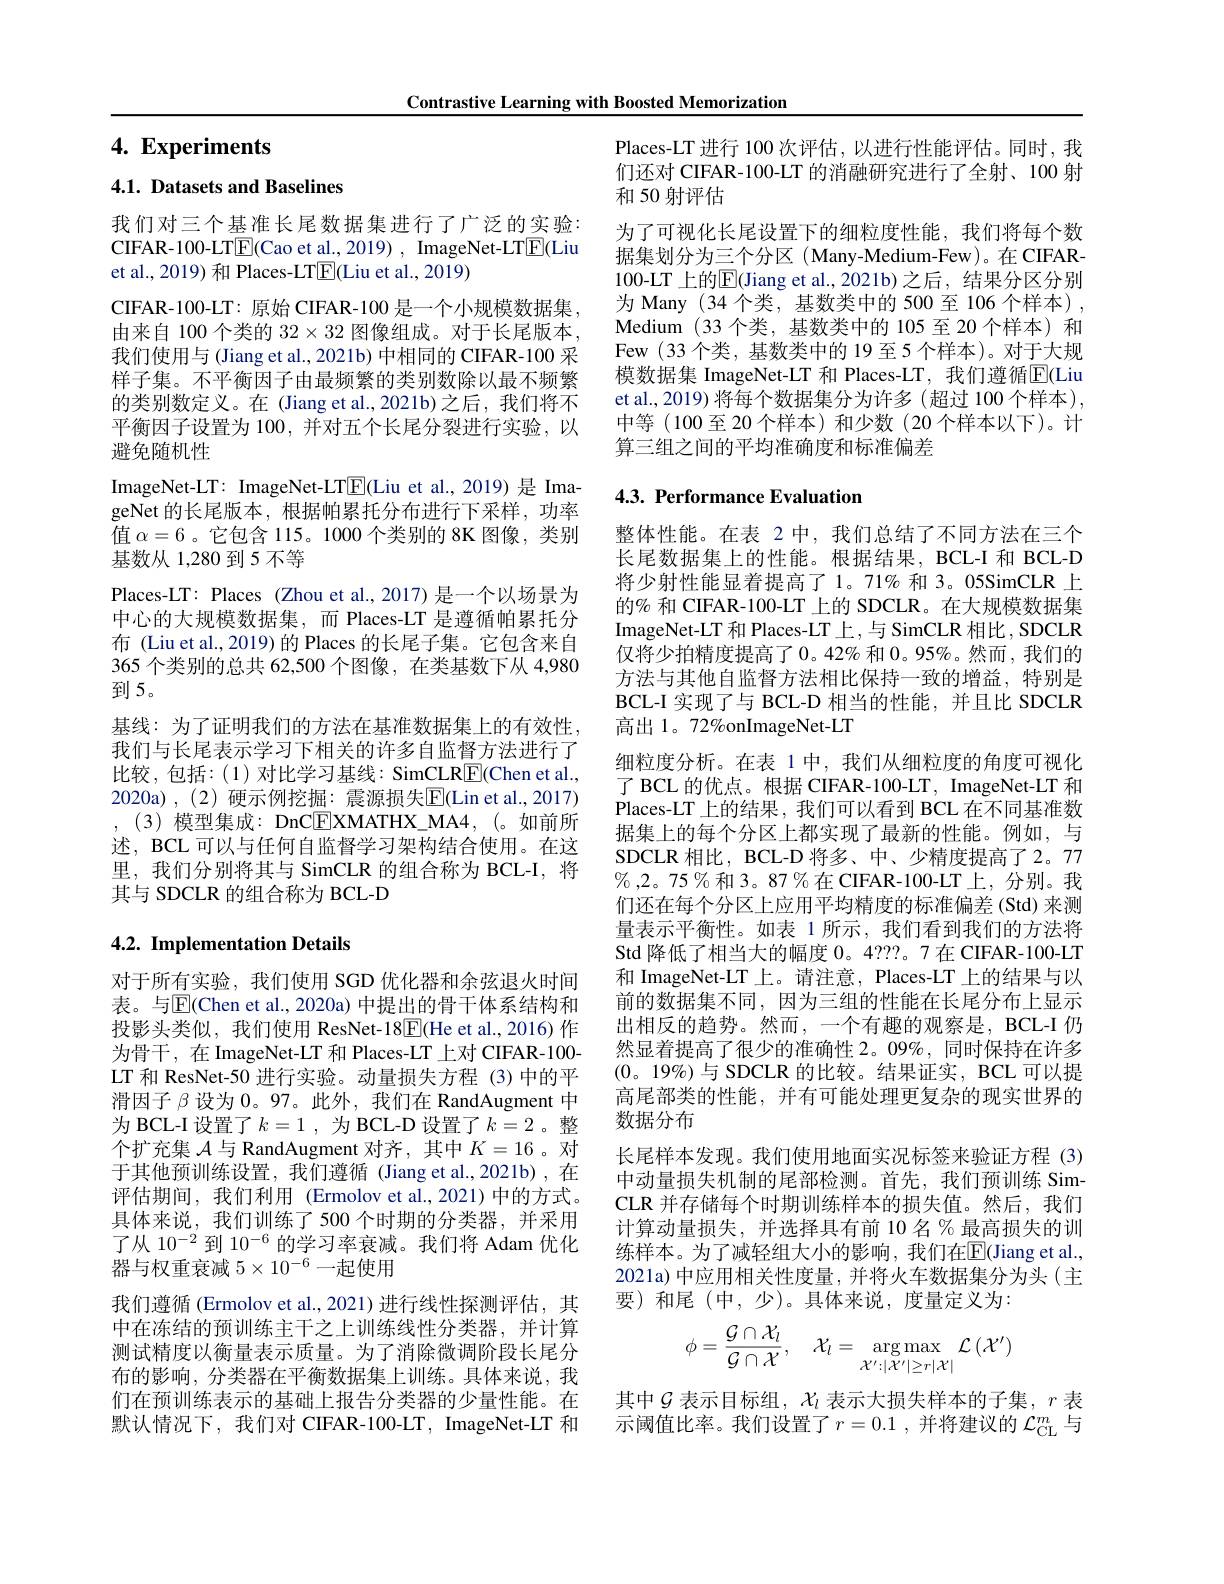
Contrastive Learning with Boosted Memorization

# 4. Experiments

# 4.1. Datasets and Baselines

我们对三个基准长尾数据集进行了广泛的实验： CIFAR-100-LTE(Cao et al., 2019) , ImageNet-LTE(Liu et al., 2019) 和 Places-LT$\boxed{\mathrm{F}}($Liu et al., 2019)
CIFAR- 100- LT: 原 始 CIFAR- 100 是 一 个 小 规 模 数 据 集 , 由来自 100 个类的$32\times32$图像组成。对于长尾版本， 我们使用与 (Jiang et al., 2021b) 中相同的 CIFAR-100 采样子集。不平衡因子由最频繁的类别数除以最不频繁的类别数定义。在 (Jiang et al.,2021b)之后，我们将不平衡因子设置为 100, 并对五个长尾分裂进行实验，以避免随机性
ImageNet-LT: ImageNet-LT$\overline{\mathrm{F}}($Liu et al.,2019)是 ImageNet 的长尾版本，根据帕累托分布进行下采样，功率值$\alpha=6$ 。它包含 115。1000 个类别的 8K 图像，类别基数从 1,280 到 5 不等
Places-LT: Places (Zhou et al., 2017) 是一个以场景为中心的大规模数据集，而 Places-LT 是遵循帕累托分布 (Liu et al., 2019) 的 Places 的长尾子集。它包含来自365 个类别的总共 62,500 个图像 ,在类基数下从 4,980到5。
基线：为了证明我们的方法在基准数据集上的有效性， 我们与长尾表示学习下相关的许多自监督方法进行了比较，包括：(1)对比学习基线：SimCLR$\underline{\mathrm{E}}$(Chen et al., 2020a),(2)硬示例挖掘：震源损失E(Lin et al.,2017) ,(3)模型集成：DnC$\boxed{\mathrm{E}}$XMATHX\_MA4,(。如前所述，BCL 可以与任何自监督学习架构结合使用。在这里，我们分别将其与 SimCLR 的组合称为 BCL-I, 将其与 SDCLR 的组合称为 BCL-D

# 4.2. Implementation Details

对于所有实验，我们使用 SGD 优化器和余弦退火时间表。与$\overline{\mathrm{E}}$(Chen et al., 2020a) 中提出的骨干体系结构和投影头类似，我们使用 ResNet-18$\boxed{\mathrm{F}}($He et al.,2016)作为骨干，在 ImageNet-LT 和 Places-LT 上对 CIFAR-100- LT 和 ResNet-50 进行实验。动量损失方程 (3)中的平滑因子$\beta$设为0。97。此外，我们在 RandAugment 中为 BCL-I 设置了$k=1$, 为 BCL-D 设置了 $k=2$ 。整个扩充集$\mathcal{A}$与 RandAugment 对齐，其中$K=16$ 。对于其他预训练设置，我们遵循(Jiang et al.,2021b),在评估期间，我们利用(Ermolov et al.,2021)中的方式。具体来说，我们训练了500 个时期的分类器，并采用了从 10$^{-2}$到 10$^{-6}$的学习率衰减。我们将 Adam 优化器与权重衰减$5\times10^-6$一起使用
我们遵循 (Ermolov et al., 2021) 进行线性探测评估，其中在冻结的预训练主干之上训练线性分类器，并计算测试精度以衡量表示质量。为了消除微调阶段长尾分布的影响，分类器在平衡数据集上训练。具体来说，我们在预训练表示的基础上报告分类器的少量性能。在默认情况下，我们对 CIFAR-100-LT, ImageNet-LT 和

Places-LT 进行 100 次评估，以进行性能评估。同时，我们还对 CIFAR-100-LT 的消融研究进行了全射、100 射和 50 射评估
为了可视化长尾设置下的细粒度性能，我们将每个数据集划分为三个分区(Many-Medium-Few)。在CIFAR- 100-LT 上的$\overline{\mathrm{E}}($Jiang et al.,2021b)之后，结果分区分别为 Many (34 个类，基数类中的 500 至 106 个样本) , Medium (33 个类，基数类中的 105 至 20 个样本) 和Few (33 个类，基数类中的 19 至 5 个样本)。对于大规模数据集 ImageNet-LT 和 Places-LT, 我们遵循$\mathbb{E}$(Liu et al.,2019) 将每个数据集分为许多 (超过 100 个样本), 中等(100至20个样本)和少数(20个样本以下)。计算三组之间的平均准确度和标准偏差

## 4.3. Performance Evaluation

整体性能。在表 2 中，我们总结了不同方法在三个长尾数据集上的性能。根据结果，BCL-I 和 BCL-D 将少射性能显着提高了1。71% 和 3。05SimCLR 上的% 和 CIFAR-100-LT 上的 SDCLR。在大规模数据集ImageNet-LT 和 Places-LT 上 ,与 SimCLR 相比，SDCLR 仅将少拍精度提高了0。42% 和 0。95%。然而，我们的方法与其他自监督方法相比保持一致的增益，特别是BCL-I 实现了与 BCL-D 相当的性能，并且比 SDCLR 高出 1。72%onImageNet-LT
细粒度分析。在表 1 中，我们从细粒度的角度可视化了 BCL 的优点。根据 CIFAR-100-LT, ImageNet-LT 和Places-LT 上的结果 , 我们可以看到 BCL 在不同基准数据集上的每个分区上都实现了最新的性能。例如，与SDCLR 相比，BCL-D 将多、中、少精度提高了2。77 $\%,2。75\%$和 3。87%在 CIFAR-100-LT 上，分别。我们还在每个分区上应用平均精度的标准偏差(Std) 来测量表示平衡性。如表 1 所示，我们看到我们的方法将Std 降低了相当大的幅度0。4???。7在 CIFAR-100-LT 和 ImageNet-LT 上。请注意，Places-LT 上的结果与以前的数据集不同，因为三组的性能在长尾分布上显示出相反的趋势。然而，一个有趣的观察是，BCL-I 仍然显着提高了很少的准确性 2。09%,同时保持在许多(0。19%)与 SDCLR 的比较。结果证实，BCL 可以提高尾部类的性能，并有可能处理更复杂的现实世界的数据分布
长尾样本发现。我们使用地面实况标签来验证方程 (3) 中动量损失机制的尾部检测。首先，我们预训练 SimCLR 并存储每个时期训练样本的损失值。然后，我们计算动量损失，并选择具有前 10 名 % 最高损失的训练样本。为了减轻组大小的影响，我们在$\mathbb{E}($Jiang et al., 2021a)中应用相关性度量，并将火车数据集分为头(主要)和尾(中，少)。具体来说，度量定义为：
$$\phi=\frac{\mathcal{G}\cap\mathcal{X}_{l}}{\mathcal{G}\cap\mathcal{X}},\quad\mathcal{X}_{l}=\underset{\mathcal{X}^{\prime}:|\mathcal{X}^{\prime}|\geq r|\mathcal{X}|}{\arg\max}\quad\mathcal{L}\left(\mathcal{X}^{\prime}\right)$$
其中$\mathcal{G}$表示目标组，$\mathcal{X}_l$表示大损失样本的子集，$r$表示阈值比率。我们设置了$r=0.1$,并将建议的 $\mathcal{L}_\mathrm{CL}^m$ 与